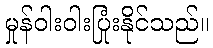
မှုန်ဝါးဝါးပြုံးနိုင်သည်။